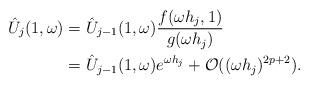
\begin{align*}\hat{U}_j(1,\omega) &= \hat{U}_{j-1}(1,\omega)\frac{f(\omega h_j, 1)}{g(\omega h_j)} \\ &= \hat{U}_{j-1}(1,\omega)e^{\omega h_j} + \mathcal{O}((\omega h_j)^{2p+2}). \end{align*}